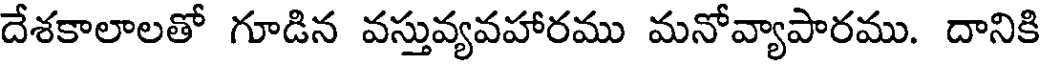
దేశకాలాలతో గూడిన వస్తువ్యవహారము మనోవ్యాపారము. దానికి